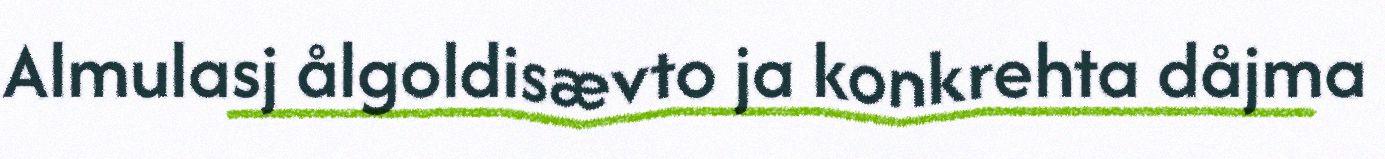
Almulasj ålgoldisævto ja konkrehta dåjma